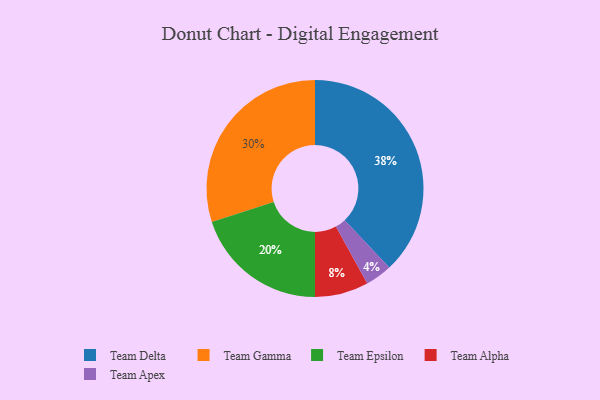
{"axis": {"x": "Category", "y": "Percentage"}, "legend": ["Team Alpha", "Team Apex", "Team Delta", "Team Epsilon", "Team Gamma"], "data": [{"x": "Team Alpha", "y": 8, "type": "Team Alpha"}, {"x": "Team Gamma", "y": 30, "type": "Team Gamma"}, {"x": "Team Delta", "y": 38, "type": "Team Delta"}, {"x": "Team Epsilon", "y": 20, "type": "Team Epsilon"}, {"x": "Team Apex", "y": 4, "type": "Team Apex"}]}